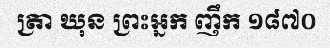
ត្រា ឃុន ព្រះអ្នក ញឹក ១៨៧០